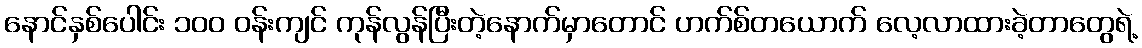
နောင်နှစ်ပေါင်း ၁၀၀ ဝန်းကျင် ကုန်လွန်ပြီးတဲ့နောက်မှာတောင် ဟက်စ်တယောက် လေ့လာထားခဲ့တာတွေရဲ့